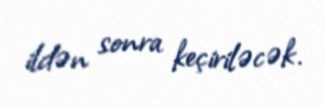
ildən sonra keçiriləcək.